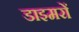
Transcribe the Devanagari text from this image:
डाइमरों